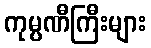
ကုမ္ပဏီကြီးများ